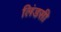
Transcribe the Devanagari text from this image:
लिंडसी